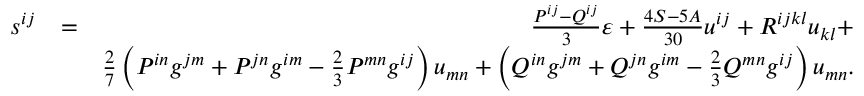
\begin{array} { r l r } { s ^ { i j } } & { = } & { \frac { P ^ { i j } - Q ^ { i j } } 3 \varepsilon + \frac { 4 S - 5 A } { 3 0 } u ^ { i j } + R ^ { i j k l } u _ { k l } + } \\ & { } & { \frac 2 7 \left( P ^ { i n } g ^ { j m } + P ^ { j n } g ^ { i m } - \frac 2 3 P ^ { m n } g ^ { i j } \right) u _ { m n } + \left( Q ^ { i n } g ^ { j m } + Q ^ { j n } g ^ { i m } - \frac 2 3 Q ^ { m n } g ^ { i j } \right) u _ { m n } . } \end{array}